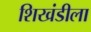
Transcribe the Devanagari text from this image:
शिखंडीला